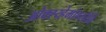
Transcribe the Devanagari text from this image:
ओक्स्य्हेमोग्लोबिं